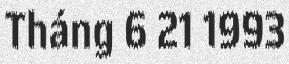
Tháng 6 21 1993